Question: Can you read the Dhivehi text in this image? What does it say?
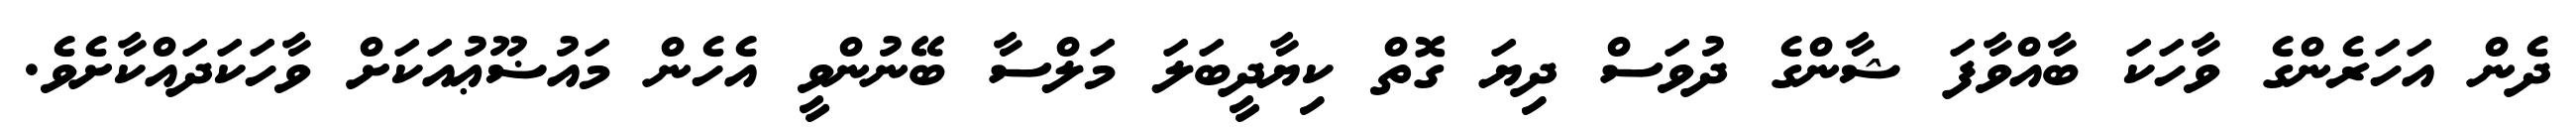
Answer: ދެން އަހަރެންގެ ވާހަކަ ބާއްވާފަ ޝާންގެ ދުވަސް ދިޔަ ގޮތް ކިޔާދީބަލަ މަލްސާ ބޭނުންވީ އެހެން މައުޟޫޢުއަކަށް ވާހަކަދައްކާށެވެ.